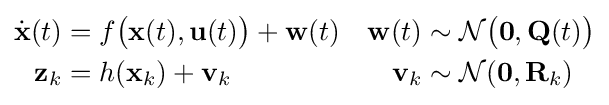
{\begin{aligned}{\dot {\mathbf {x} }}(t)&=f{\bigl (}\mathbf {x} (t),\mathbf {u} (t){\bigr )}+\mathbf {w} (t)&\mathbf {w} (t)&\sim {\mathcal {N}}{\bigl (}\mathbf {0} ,\mathbf {Q} (t){\bigr )}\\\mathbf {z} _{k}&=h(\mathbf {x} _{k})+\mathbf {v} _{k}&\mathbf {v} _{k}&\sim {\mathcal {N}}(\mathbf {0} ,\mathbf {R} _{k})\end{aligned}}